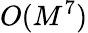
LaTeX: O(M^{7})